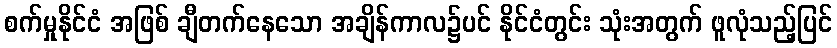
စက်မှုနိုင်ငံ အဖြစ် ချီတက်နေသော အချိန်ကာလ၌ပင် နိုင်ငံတွင်း သုံးအတွက် ဖူလုံသည့်ပြင်